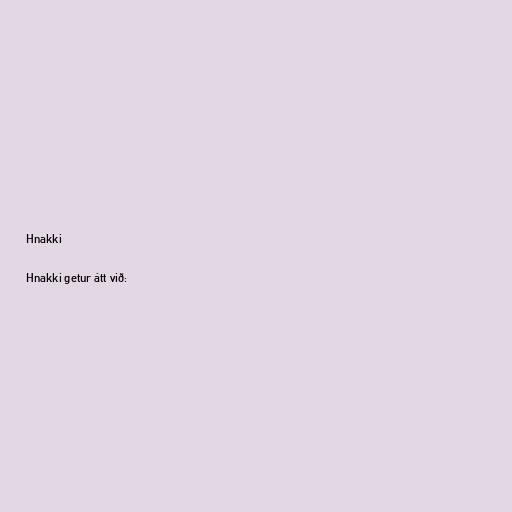
Hnakki

Hnakki getur átt við: